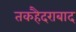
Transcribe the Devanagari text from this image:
तकहैदराबाद